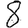
Digit: 8